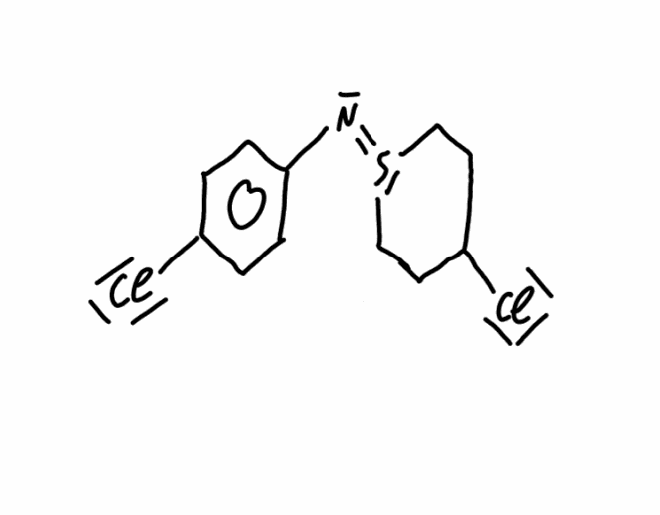
Simplified molecular-input line-entry system (SMILES) notation of the given molecule:
C1CS(=NC2=CC=C(C=C2)Cl)CCC1Cl